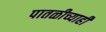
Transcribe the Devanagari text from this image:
पातळीच्याही